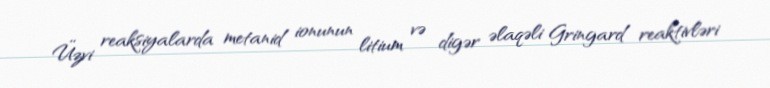
Üzvi reaksiyalarda metanid ionunun litium və digər əlaqəli Gringard reaktivləri